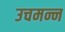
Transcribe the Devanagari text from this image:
उचमन्न